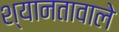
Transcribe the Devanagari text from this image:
श्यानतावाले